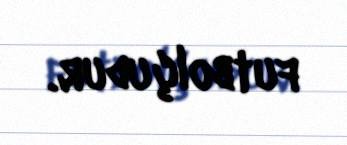
futbolçudur.